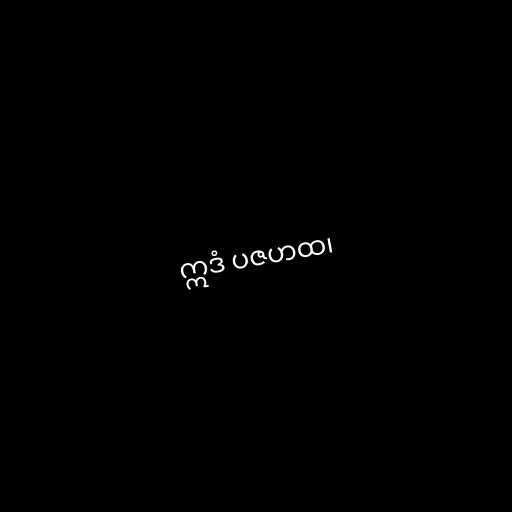
ဣဒံ ပဇဟထ၊